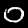
Label: 0